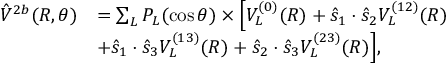
\begin{array} { r l } { \hat { V } ^ { 2 b } ( R , \theta ) } & { = \sum _ { L } P _ { L } ( \cos \theta ) \times \Big [ V _ { L } ^ { ( 0 ) } ( R ) + \hat { s } _ { 1 } \cdot \hat { s } _ { 2 } V _ { L } ^ { ( 1 2 ) } ( R ) } \\ & { + \hat { s } _ { 1 } \cdot \hat { s } _ { 3 } V _ { L } ^ { ( 1 3 ) } ( R ) + \hat { s } _ { 2 } \cdot \hat { s } _ { 3 } V _ { L } ^ { ( 2 3 ) } ( R ) \Big ] , } \end{array}